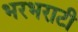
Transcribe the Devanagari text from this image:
भरभराटी